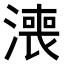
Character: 𣾓